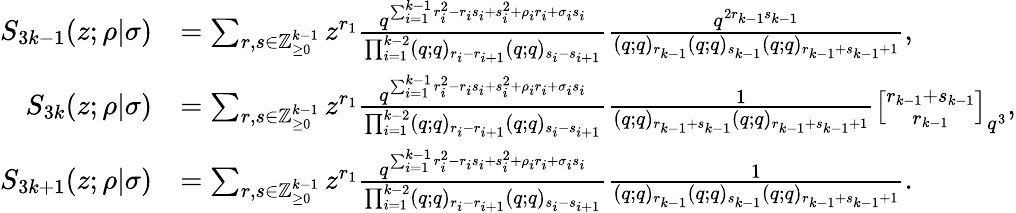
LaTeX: \begin{array}{rl}{S_{3k-1}(z;\rho|\sigma)}&{=\sum_{r,s\in\mathbb{Z}_{\geq 0}^{k-1}}z^{r_{1}}\frac{q^{\sum_{i=1}^{k-1}r_{i}^{2}-r_{i}s_{i}+s_{i}^{2}+\rho_{i}r_{i}+\sigma_{i}s_{i}}}{\prod_{i=1}^{k-2}(q;q)_{r_{i}-r_{i+1}}(q;q)_{s_{i}-s_{i+1}}}\frac{q^{2r_{k-1}s_{k-1}}}{(q;q)_{r_{k-1}}(q;q)_{s_{k-1}}(q;q)_{r_{k-1}+s_{k-1}+1}},}\\ {S_{3k}(z;\rho|\sigma)}&{=\sum_{r,s\in\mathbb{Z}_{\geq 0}^{k-1}}z^{r_{1}}\frac{q^{\sum_{i=1}^{k-1}r_{i}^{2}-r_{i}s_{i}+s_{i}^{2}+\rho_{i}r_{i}+\sigma_{i}s_{i}}}{\prod_{i=1}^{k-2}(q;q)_{r_{i}-r_{i+1}}(q;q)_{s_{i}-s_{i+1}}}\frac{1}{(q;q)_{r_{k-1}+s_{k-1}}(q;q)_{r_{k-1}+s_{k-1}+1}}{r_{k-1}+s_{k-1}\brack r_{k-1}}_{q^{3}},}\\ {S_{3k+1}(z;\rho|\sigma)}&{=\sum_{r,s\in\mathbb{Z}_{\geq 0}^{k-1}}z^{r_{1}}\frac{q^{\sum_{i=1}^{k-1}r_{i}^{2}-r_{i}s_{i}+s_{i}^{2}+\rho_{i}r_{i}+\sigma_{i}s_{i}}}{\prod_{i=1}^{k-2}(q;q)_{r_{i}-r_{i+1}}(q;q)_{s_{i}-s_{i+1}}}\frac{1}{(q;q)_{r_{k-1}}(q;q)_{s_{k-1}}(q;q)_{r_{k-1}+s_{k-1}+1}}.}\end{array}